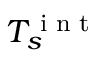
T _ { s } ^ { \textnormal { i n t } }